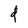
Character: d